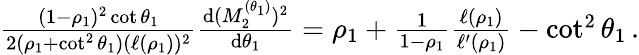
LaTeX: \begin{array}{r}{\frac{(1-\rho_{1})^{2}\cot{\theta_{1}}}{2(\rho_{1}+\cot^{2}{\theta_{1}})(\ell(\rho_{1}))^{2}}\frac{\mathrm{d}(M_{2}^{(\theta_{1})})^{2}}{\mathrm{d}\theta_{1}}=\rho_{1}+\frac{1}{1-\rho_{1}}\frac{\ell(\rho_{1})}{\ell^{\prime}(\rho_{1})}-\cot^{2}{\theta_{1}}\, .}\end{array}